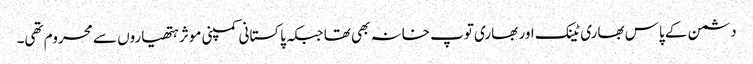
دشمن کے پاس بھاری ٹینک اور بھاری توپ خانہ بھی تھا جبکہ پاکستانی کمپنی موثر ہتھیاروں سے محروم تھی۔